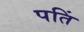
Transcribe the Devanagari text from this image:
पतिं